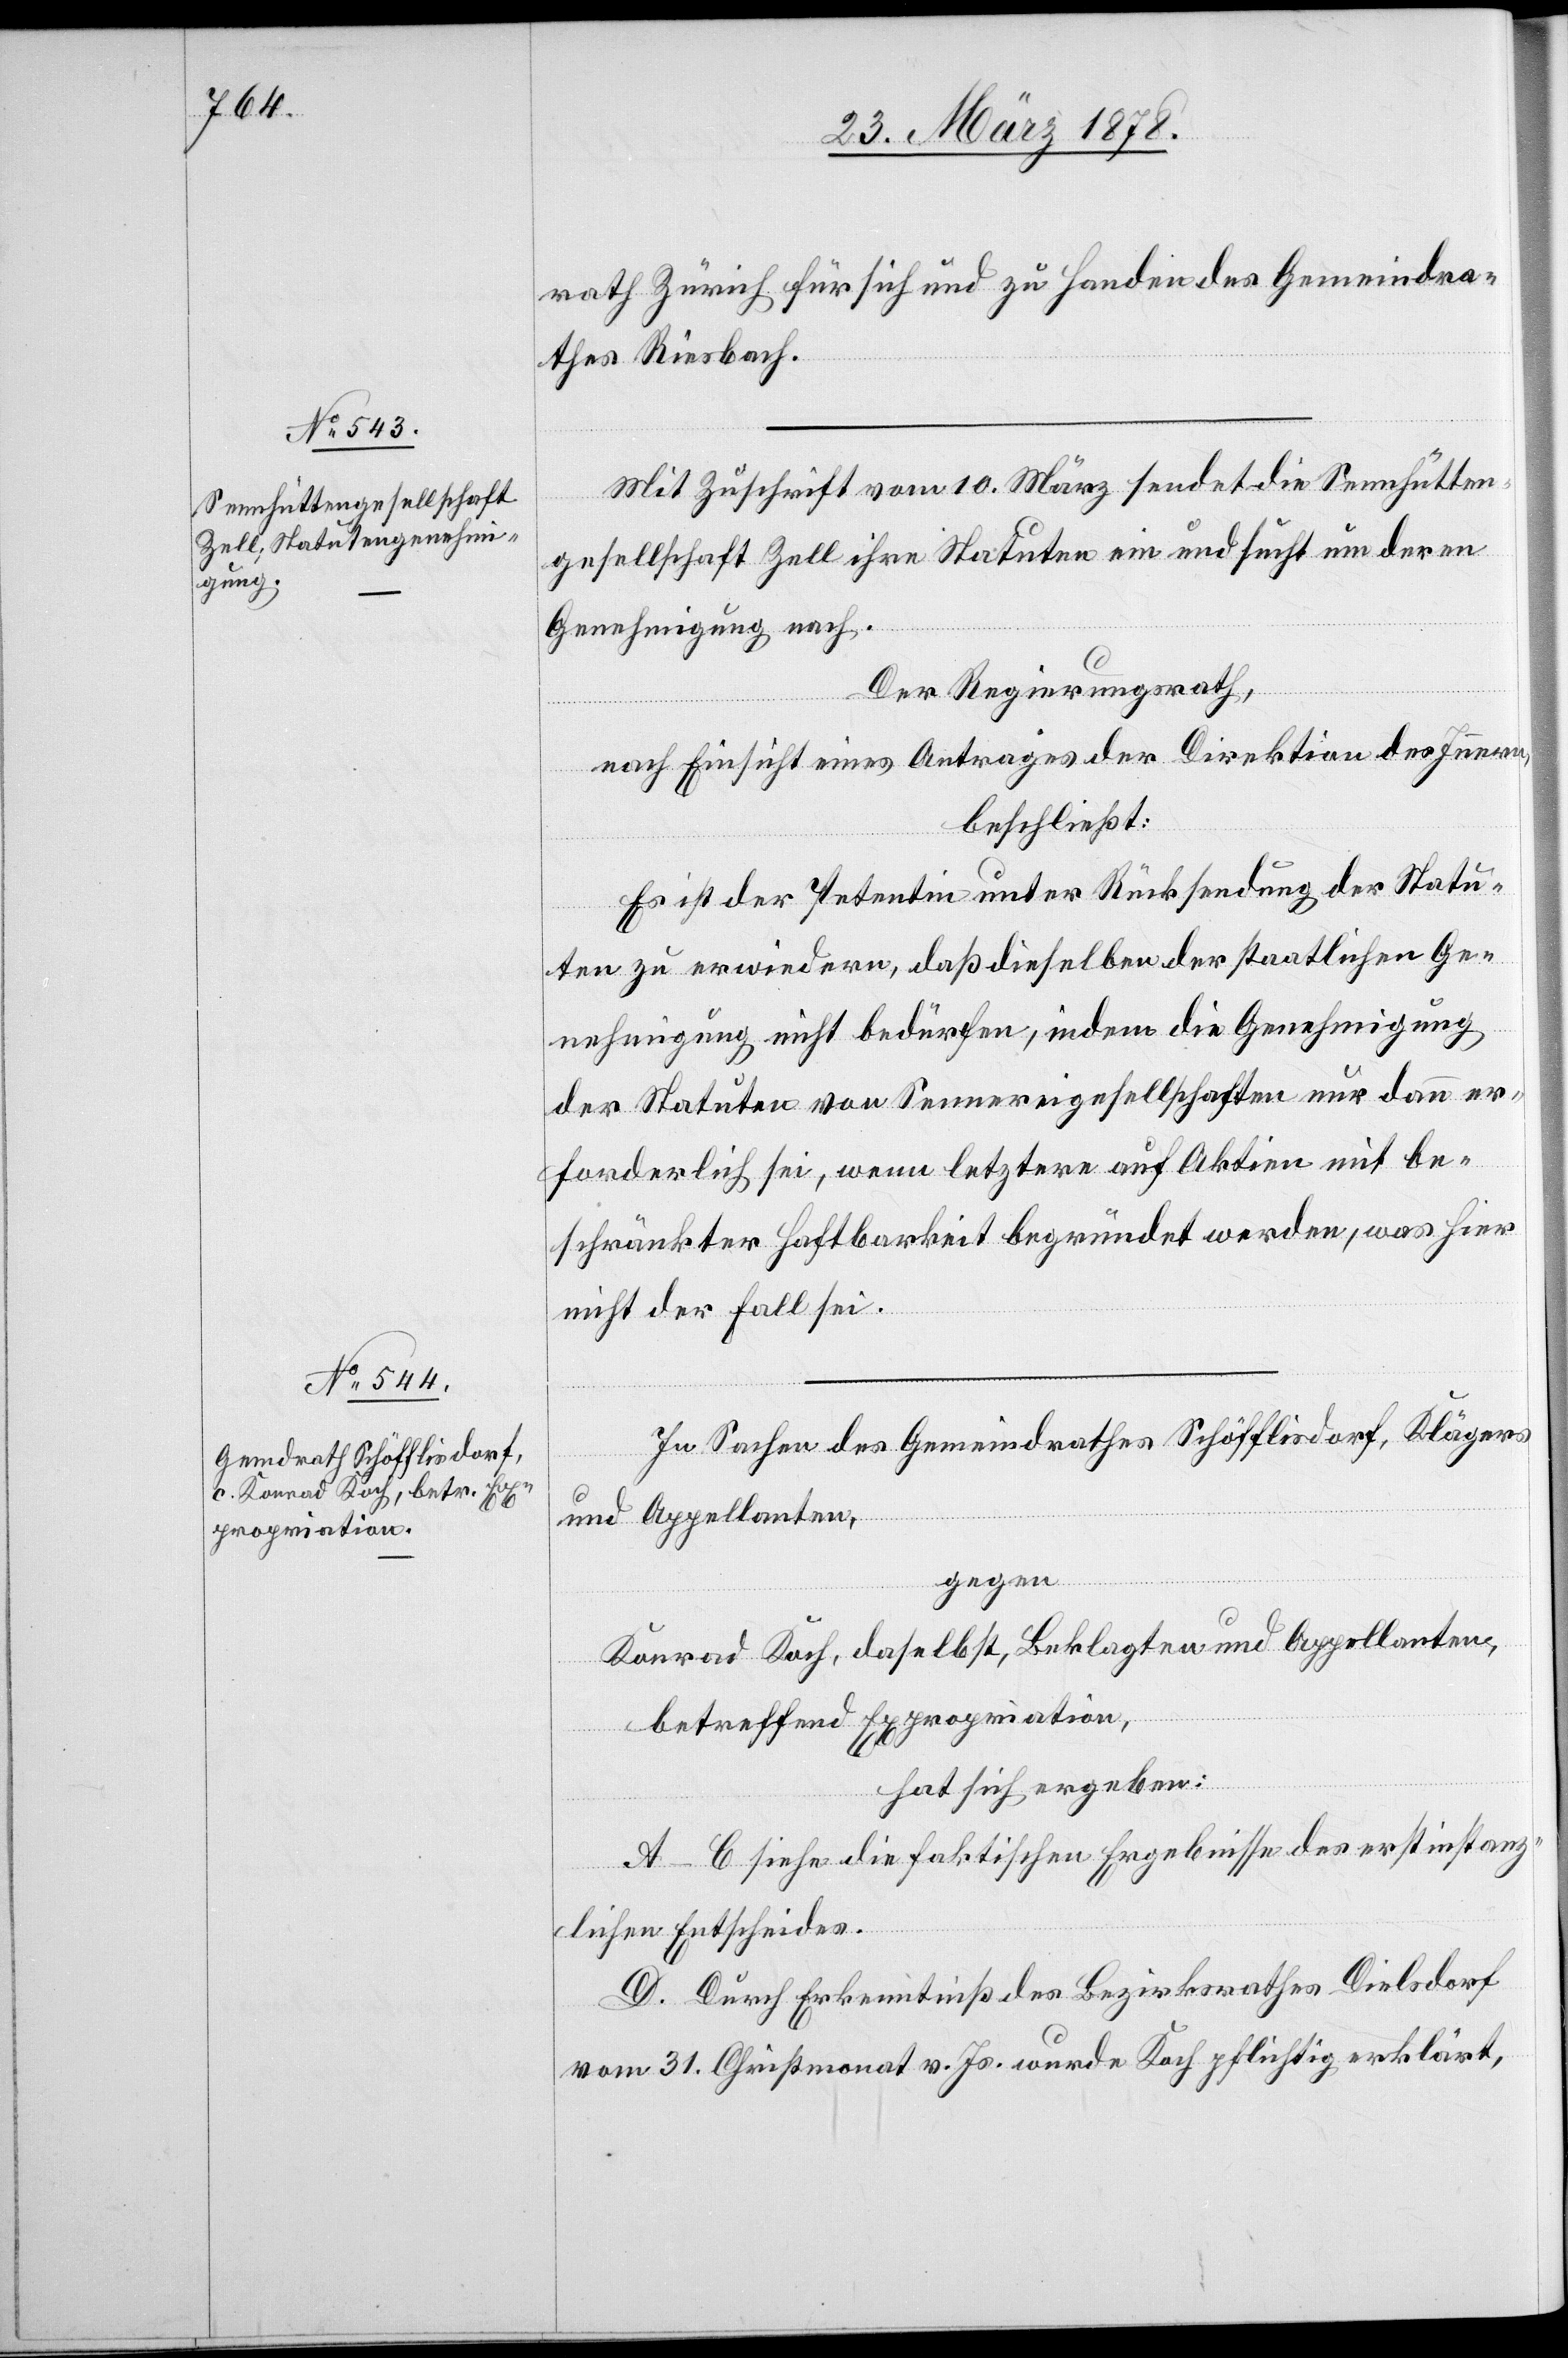
rath Zürich für sich und zu Handen des Gemeindra¬
thes Riesbach.
Mit Zuschrift vom 10. März sendet die Sennhütten¬
gesellschaft Zell ihre Statuten ein und sucht um deren
Genehmigung nach.
Der Regierungsrath,
nach Einsicht eines Antrages der Direktion des Innern,
beschließt:
Es ist der Petentin unter Rücksendung der Statu¬
ten zu erwidern, daß dieselben der staatlichen Ge¬
nehmigung nicht bedürfen, indem die Genehmigung
der Statuten von Sennereigesellschaften nur dann er¬
forderlich sei, wenn letztere auf Aktien mit be¬
schränkter Haftbarkeit begründet werden, was hier
nicht der Fall ist.
In Sachen des Gemeindrathes Schöfflisdorf, Klägers
und Appellanten,
gegen
Konrad Koch, daselbst, Beklagten und Appellanten,
betreffend Expropriation,
hat sich ergeben:
A–C siehe die faktischen Ergebnisse des erstinstanz¬
lichen Entscheides.
D. Durch Erkenntniß des Bezirksrathes Dielsdorf
vom 31. Christmonat v. Js. wurde Koch pflichtig erklärt,